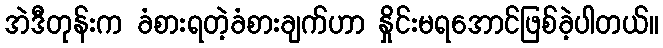
အဲဒီတုန်းက ခံစားရတဲ့ခံစားချက်ဟာ နှိုင်းမရအောင်ဖြစ်ခဲ့ပါတယ်။